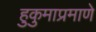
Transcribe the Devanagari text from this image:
हुकुमाप्रमाणे